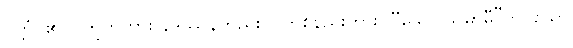
ဝုတ္တံ၊ ၏။ (ဣတိကား နိဒဿနတည်း)။ တစ်နည်းကား။ “သော သမာဓီ”တိ၊ သော